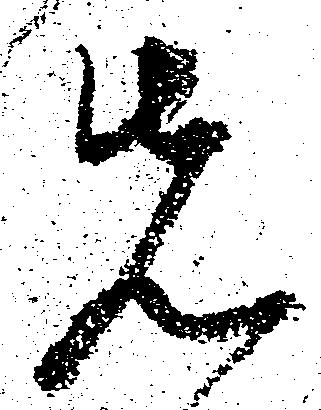
先